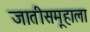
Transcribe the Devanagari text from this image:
जातीसमूहाला